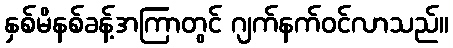
နှစ်မိနစ်ခန့်အကြာတွင် ဂျက်နက်ဝင်လာသည်။